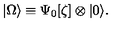
| \Omega \rangle \equiv \Psi _ { 0 } [ \zeta ] \otimes | 0 \rangle .